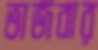
ভাজবার